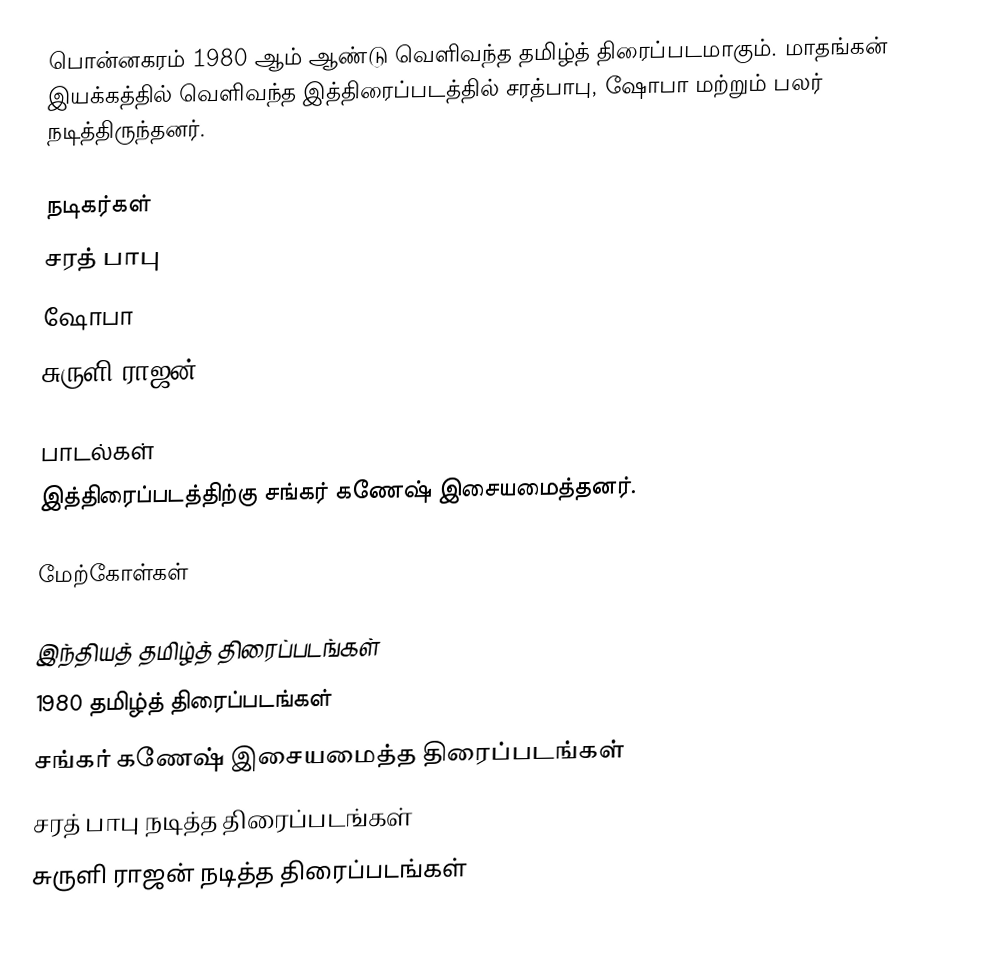
பொன்னகரம் 1980 ஆம் ஆண்டு வெளிவந்த தமிழ்த் திரைப்படமாகும். மாதங்கன் இயக்கத்தில் வெளிவந்த இத்திரைப்படத்தில் சரத்பாபு, ஷோபா மற்றும் பலர் நடித்திருந்தனர்.

நடிகர்கள்
 சரத் பாபு
 ஷோபா
 சுருளி ராஜன்

பாடல்கள்
இத்திரைப்படத்திற்கு சங்கர் கணேஷ் இசையமைத்தனர்.

மேற்கோள்கள்

இந்தியத் தமிழ்த் திரைப்படங்கள்
1980 தமிழ்த் திரைப்படங்கள்
சங்கர் கணேஷ் இசையமைத்த திரைப்படங்கள்
சரத் பாபு நடித்த திரைப்படங்கள்
சுருளி ராஜன் நடித்த திரைப்படங்கள்